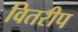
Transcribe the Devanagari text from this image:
वितरीप